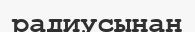
радиусынан